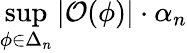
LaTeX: \operatorname*{sup}_{\phi\in\Delta_{n}}\left\vert\mathcal{O}(\phi)\right\vert\cdot\alpha_{n}